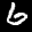
Label: 6